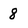
Character: 8